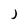
Character: J